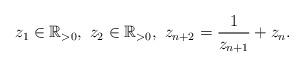
LaTeX: \begin{align*}z_1 \in \mathbb R_{> 0},\ z_2 \in \mathbb R_{> 0},\ z_{n+2} = \frac{1}{z_{n+1}} + z_n.\end{align*}